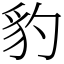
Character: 豹